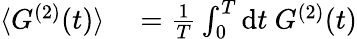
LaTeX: \begin{array}{rl}{\langle G^{(2)}(t)\rangle}&{{}=\frac{1}{T}\int_{0}^{T}\mathrm{d}t\ G^{(2)}(t)}\end{array}